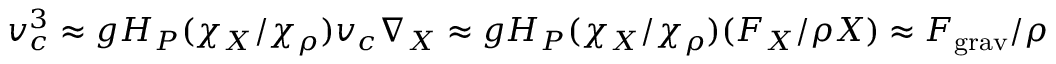
v _ { c } ^ { 3 } \approx g H _ { P } ( \chi _ { X } / \chi _ { \rho } ) v _ { c } \nabla _ { X } \approx g H _ { P } ( \chi _ { X } / \chi _ { \rho } ) ( F _ { X } / \rho X ) \approx F _ { \mathrm { g r a v } } / \rho